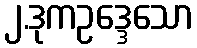
၂.ဒုကဥဒ္ဒေသော